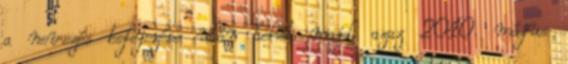
a nevezés befejezése után lehet majd, azaz 2010. május